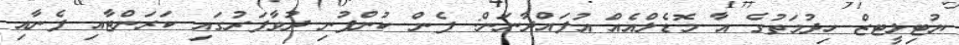
ޔުޓިލީޓޒް ހިދުމަތުގެ އާ މޮޑެލްއެއް އުފައްދާނަން: ފެން ކުންފުނި ދުވާފަރުގައި ކަރަންޓާއި ފެނާއި